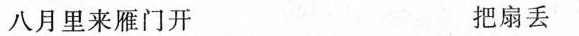
八月里来雁门开 把扇丢